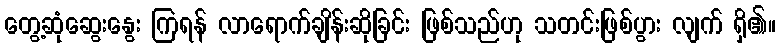
တွေ့ဆုံဆွေးနွေး ကြရန် လာရောက်ချိန်းဆိုခြင်း ဖြစ်သည်ဟု သတင်းဖြစ်ပွား လျက် ရှိ၏။